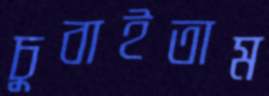
চুবাইতাম